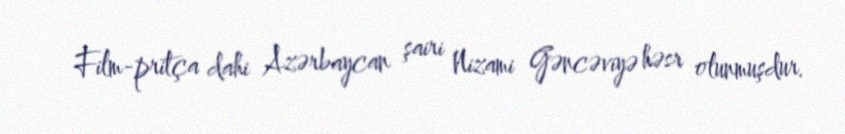
Film-pritça dahi Azərbaycan şairi Nizami Gəncəviyə həsr olunmuşdur.